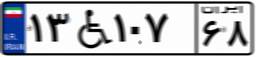
۰۱W۲۶۲۸۱